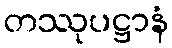
တဿုပဋ္ဌာနံ